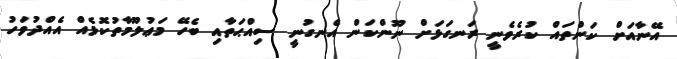
އޭނާއަށް ކަންތައް ކުރެވެނީ ރަނގަޅަށް ނޫންކަން އެނގުނީ ސިއްޙަތާއި ބެހޭ މަޢުލޫމާތުކޮޅެއް އެއްދުވަހު